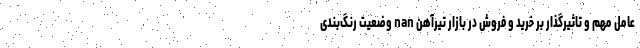
عامل مهم و تاثیرگذار بر خرید و فروش در بازار تیرآهن nan وضعیت رنگ‌بندی